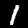
Digit: 1